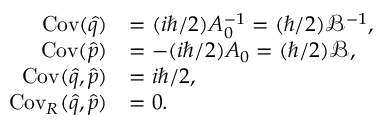
\begin{array} { r l } { \operatorname { C o v } ( \hat { q } ) } & { = ( i \hbar / 2 ) A _ { 0 } ^ { - 1 } = ( \hbar / 2 ) \mathcal { B } ^ { - 1 } , } \\ { \operatorname { C o v } ( \hat { p } ) } & { = - ( i \hbar / 2 ) A _ { 0 } = ( \hbar / 2 ) \mathcal { B } , } \\ { \operatorname { C o v } ( \hat { q } , \hat { p } ) } & { = i \hbar / 2 , } \\ { \operatorname { C o v } _ { R } ( \hat { q } , \hat { p } ) } & { = 0 . } \end{array}